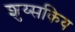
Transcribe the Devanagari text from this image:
शुय्सकिय